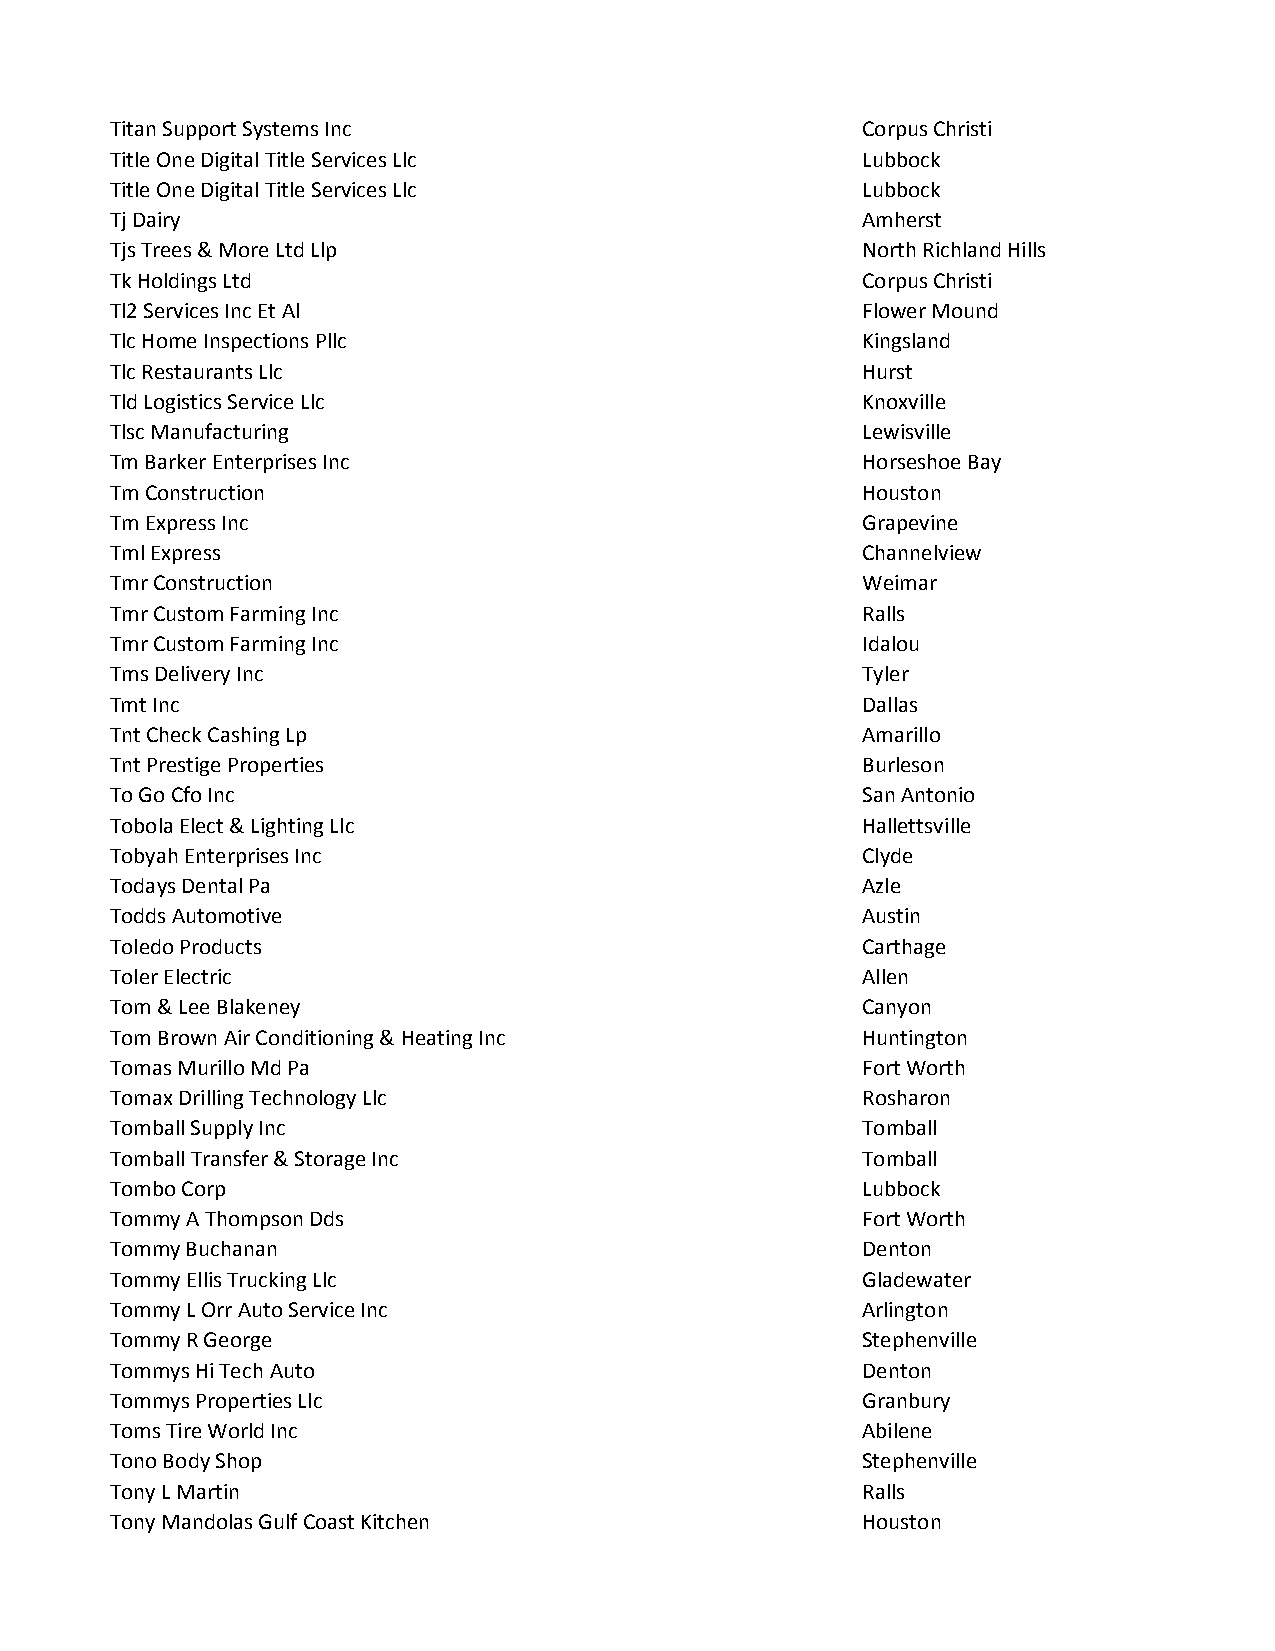
Titan Support Systems Inc                         Corpus Christi
 Title One Digital Title Services Llc              Lubbock
 Title One Digital Title Services Llc              Lubbock
 Tj Dairy                                          Amherst
 Tjs Trees & More Ltd Llp                          North Richland Hills
 Tk Holdings Ltd                                   Corpus Christi
 Tl2 Services Inc Et Al                            Flower Mound
 Tlc Home Inspections Pllc                         Kingsland
 Tlc Restaurants Llc                               Hurst
 Tld Logistics Service Llc                         Knoxville
 Tlsc Manufacturing                                Lewisville
 Tm Barker Enterprises Inc                         Horseshoe Bay
 Tm Construction                                   Houston
 Tm Express Inc                                    Grapevine
 Tml Express                                       Channelview
 Tmr Construction                                  Weimar
 Tmr Custom Farming Inc                            Ralls
 Tmr Custom Farming Inc                            Idalou
 Tms Delivery Inc                                  Tyler
 Tmt Inc                                           Dallas
 Tnt Check Cashing Lp                              Amarillo
 Tnt Prestige Properties                           Burleson
 To Go Cfo Inc                                     San Antonio
 Tobola Elect & Lighting Llc                       Hallettsville
 Tobyah Enterprises Inc                            Clyde
 Todays Dental Pa                                  Azle
 Todds Automotive                                  Austin
 Toledo Products                                   Carthage
 Toler Electric                                    Allen
 Tom & Lee Blakeney                                Canyon
 Tom Brown Air Conditioning & Heating Inc          Huntington
 Tomas Murillo Md Pa                               Fort Worth
 Tomax Drilling Technology Llc                     Rosharon
 Tomball Supply Inc                                Tomball
 Tomball Transfer & Storage Inc                    Tomball
 Tombo Corp                                        Lubbock
 Tommy A Thompson Dds                              Fort Worth
 Tommy Buchanan                                    Denton
 Tommy Ellis Trucking Llc                          Gladewater
 Tommy L Orr Auto Service Inc                      Arlington
 Tommy R George                                    Stephenville
 Tommys Hi Tech Auto                               Denton
 Tommys Properties Llc                             Granbury
 Toms Tire World Inc                               Abilene
 Tono Body Shop                                    Stephenville
 Tony L Martin                                     Ralls
 Tony Mandolas Gulf Coast Kitchen                  Houston